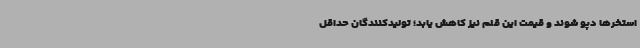
استخرها دپو شوند و قیمت این قلم نیز کاهش یابد؛ تولیدکنندگان حداقل